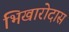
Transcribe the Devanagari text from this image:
भिखारोदास